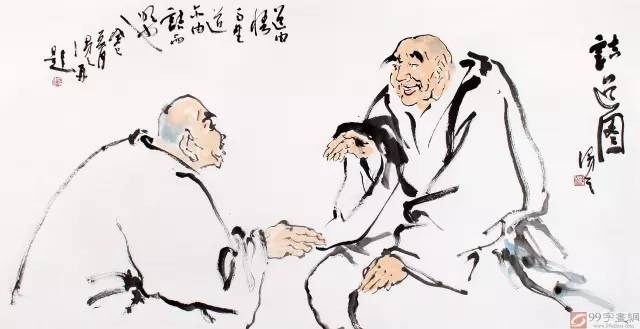
多知而无亲，博学而无方，好多而无定者，君子不与。